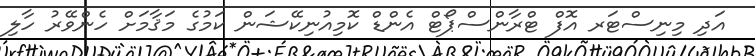
އަދި މިނިސްޓަރ އޮފް ޓްރާންސްޕޯޓް އެންޑް ކޮމިއުނިކޭޝަން ކަމުގެ މަޤާމަށް ހެންވޭރު ހާލި